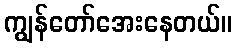
ကျွန်တော်အေးနေတယ်။